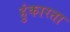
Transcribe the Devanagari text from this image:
हुंकारता